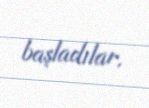
başladılar.